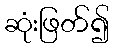
ဆုံးဖြတ်၍